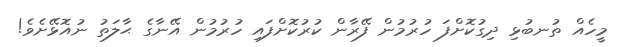
މީހެއް ތުނބުޅި ދިގުކޮށްފަ ހުރުމުން ފޭރާން ކުރުކޮށްފައި ހުރުމުން އޭނާގެ ޙާލަތު ނުއޮޅޭށެވެ!